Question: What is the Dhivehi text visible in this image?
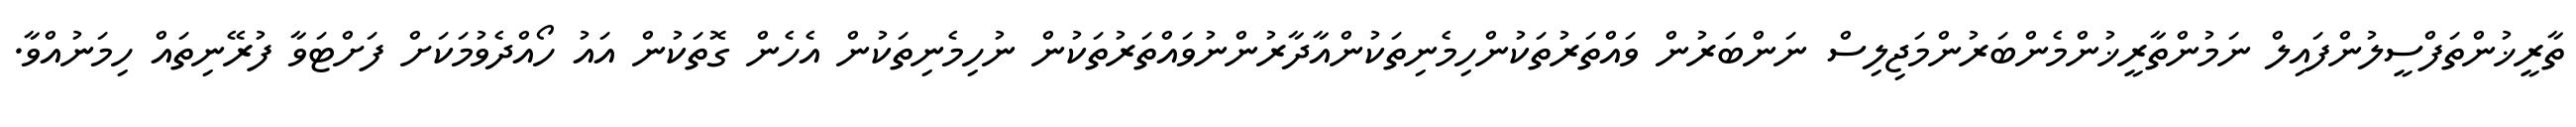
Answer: ތާރީޚުންތަފްސީލުންފައިލް ނަމުންތާރީޚުންމެންބަރުންމަޖިލިސް ނަންބަރުން ވައްތަރުތަކުންހިމެނިތަކުންއާދާރުންނުވައްތަރުތަކުން ނުހިމެނިތަކުން އެހެން ގޮތަކުން އައު ހޯއްދެވުމަކަށް ފަށްޓަވާ ފުރޭނިތައް ހިމަނުއްވާ.